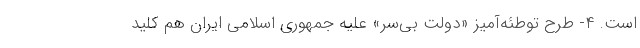
است. ۴- طرح توطئه‌آمیز «دولت بی‌سر» علیه جمهوری اسلامی ایران هم کلید